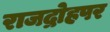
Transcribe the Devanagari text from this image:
राजद्रोहपर